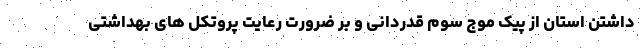
داشتن استان از پیک موج سوم قدردانی و بر ضرورت رعایت پروتکل های بهداشتی